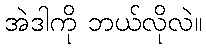
အဲဒါကို ဘယ်လိုလဲ။